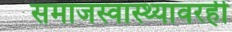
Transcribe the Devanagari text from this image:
समाजस्वास्थ्यावरही